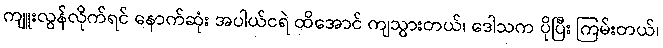
ကျူးလွန်လိုက်ရင် နောက်ဆုံး အပါယ်ငရဲ ထိအောင် ကျသွားတယ်၊ ဒေါသက ပိုပြီး ကြမ်းတယ်၊